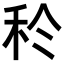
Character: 𥝨